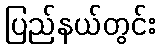
ပြည်နယ်တွင်း